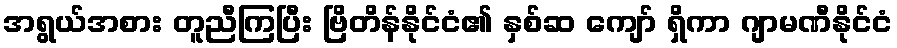
အရွယ်အစား တူညီကြပြီး ဗြိတိန်နိုင်ငံ၏ နှစ်ဆ ကျော် ရှိကာ ဂျာမဏီနိုင်ငံ